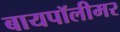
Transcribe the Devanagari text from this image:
बायपॉलीमर